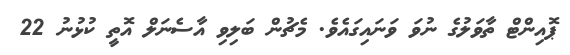
ޕޮއިންޓް ތާވަލުގެ ނުވަ ވަނައިގައެވެ. މެޗުން ބަލިވި އާސެނަލް އޮތީ ކުޅުނު 22